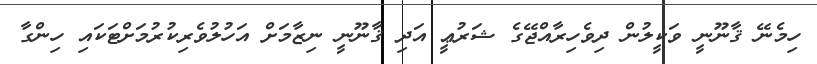
ހިމެނޭ ޤާނޫނީ ވަކީލުން ދިވެހިރާއްޖޭގެ ޝަރުޢީ އަދި ޤާނޫނީ ނިޒާމަށް އަހުލުވެރިކުރުމަށްޓަކައި ހިންގާ